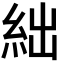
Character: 絀